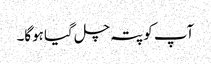
‌ آپ کو پتہ چل گیا ہوگا۔